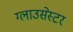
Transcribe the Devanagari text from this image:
ग्लाउसेस्टर